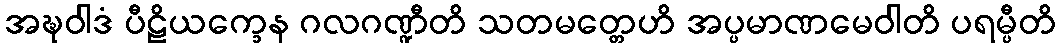
အဍ္ဎဝါဒံ ပီဠိယက္ခေန ဂလဂဏ္ဍီတိ သတမတ္တေဟိ အပ္ပမာဏမေဝါတိ ပရမ္ပီတိ